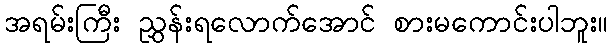
အရမ်းကြီး ညွှန်းရလောက်အောင် စားမကောင်းပါဘူး။